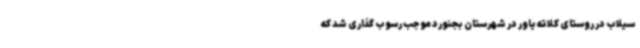
سیلاب در روستای کلاته یاور در شهرستان بجنورد موجب رسوب گذاری شد که